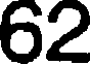
62